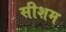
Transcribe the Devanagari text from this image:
सीशम